Annual administration report of the Civil Veterinary Department of India - 1896-1897
Year: 1896
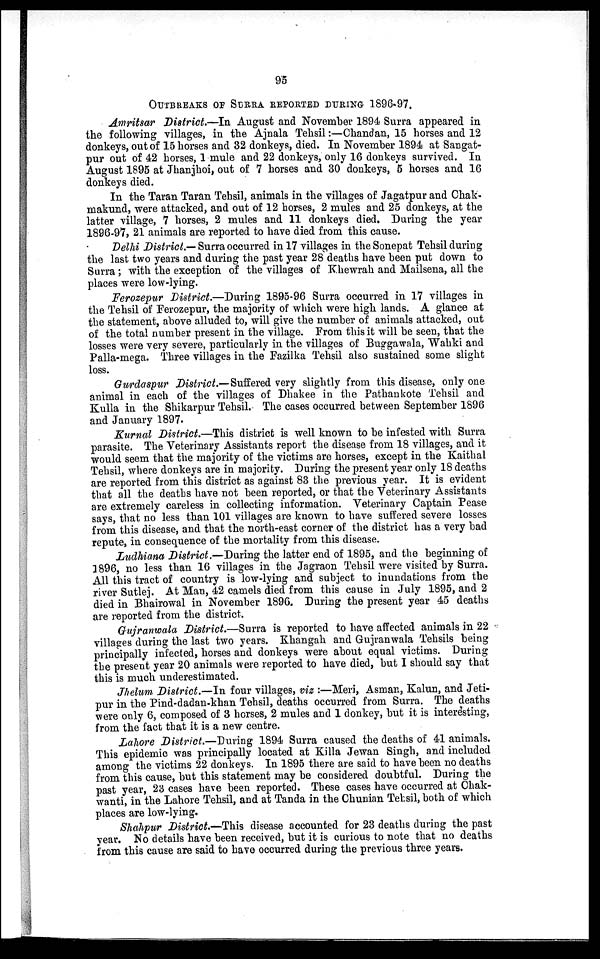
95
OUTBREAKS OF SURRA REPORTED DURING 1896-97.
Amritsar District.—In August and November 1894 Surra appeared in
the following villages, in the Ajnala Tehsil:—Chandan, 15 horses and 12
donkeys, out of 15 horses and 32 donkeys, died. In November 1894 at Sangat-
pur out of 42 horses, 1 mule and 22 donkeys, only 16 donkeys survived. In
August 1895 at Jhanjhoi, out of 7 horses and 30 donkeys, 5 horses and 16
donkeys died.
In the Taran Taran Tehsil, animals in the villages of Jagatpur and Chak-
makund, were attacked, and out of 12 horses, 2 mules and 25 donkeys, at the
latter village, 7 horses, 2 mules and 11 donkeys died. During the year
1896-97, 21 animals are reported to have died from this cause.
Delhi District.— Surra occurred in 17 villages in the Sonepat Tehsil during
the last two years and during the past year 28 deaths have been put down to
Surra; with the exception of the villages of Khewrah and Mailsena, all the
places were low-lying.
Ferozepur District.—During 1895-96 Surra occurred in 17 villages in
the Tehsil of Ferozepur, the majority of which were high lands. A glance at
the statement, above alluded to, will give the number of animals attacked, out
of the total number present in the village. From this it will be seen, that the
losses were very severe, particularly in the villages of Buggawala, Wahki and
Palla-mega. Three villages in the Fazilka Tehsil also sustained some slight
loss.
Gurdaspur District.—Suffered very slightly from this disease, only one
animal in each of the villages of Dhakee in the Pathankote Tehsil and
Kulla in the Shikarpur Tehsil. The cases occurred between September 1896
and January 1897.
Kurnal District.—This district is well known to be infested with Surra
parasite. The Veterinary Assistants report the disease from 18 villages, and it
would seem that the majority of the victims are horses, except in the Kaithal
Tehsil, where donkeys are in majority. During the present year only 18 deaths
are reported from this district as against 83 the previous year. It is evident
that all the deaths have not been reported, or that the Veterinary Assistants
are extremely careless in collecting information. Veterinary Captain Pease
says, that no less than 101 villages are known to have suffered severe losses
from this disease, and that the north-east corner of the district has a very bad
repute, in consequence of the mortality from this disease.
Ludhiana District.—During the latter end of 1895, and the beginning of
1896, no less than 16 villages in the Jagraon Tehsil were visited by Surra.
All this tract of country is low-lying and subject to inundations from the
river Sutlej. At Man, 42 camels died from this cause in July 1895, and 2
died in Bhairowal in November 1896. During the present year 45 deaths
are reported from the district.
Gujranwala District.—Surra is reported to have affected animals in 22
villages during the last two years. Khangah and Gujranwala Tehsils being
principally infected, horses and donkeys were about equal victims. During
the present year 20 animals were reported to have died, but I should say that
this is much underestimated.
Jhelum District.—In four villages, viz :—Meri, Asman, Kalun, and Jeti-
pur in the Pind-dadan-khan Tehsil, deaths occurred from Surra. The deaths
were only 6, composed of 3 horses, 2 mules and 1 donkey, but it is interesting,
from the fact that it is a new centre.
Lahore District.—During 1894 Surra caused the deaths of 41 animals.
This epidemic was principally located at Killa Jewan Singh, and included
among the victims 22 donkeys. In 1895 there are said to have been no deaths
from this cause, but this statement may be considered doubtful. During the
past year, 23 cases have been reported. These cases have occurred at Chak-
wanti, in the Lahore Tehsil, and at Tanda in the Chunian Tehsil, both of which
places are low-lying.
Shahpur District.—This disease accounted for 23 deaths during the past
year. No details have been received, but it is curious to note that no deaths
from this cause are said to have occurred during the previous three years.